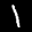
Label: 1